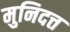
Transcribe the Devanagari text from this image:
मुनिदत्त